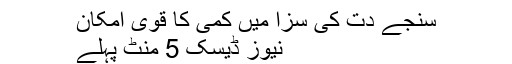
سنجے دت کی سزا میں کمی کا قوی امکان
نیوز ڈیسک 5 منٹ پہلے